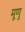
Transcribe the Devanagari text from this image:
मूणु